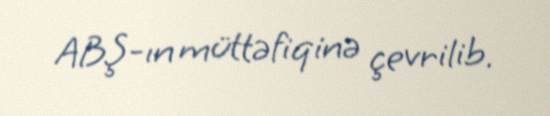
ABŞ-ın müttəfiqinə çevrilib.